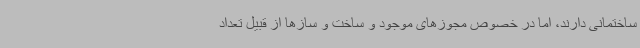
ساختمانی دارند، اما در خصوص مجوزهای موجود و ساخت و سازها از قبیل تعداد